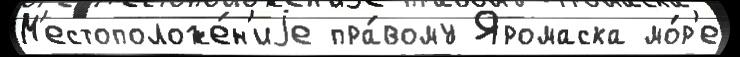
М'естоположе́н'иjе пра́вому Яромаска мо́р'е